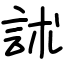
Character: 訹